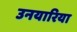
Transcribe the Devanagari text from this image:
उनयारिया